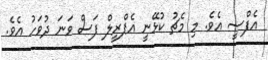
އެފްސީ އެވެ. މި މެޗު ކުޅޭނީ އެޕްރީލް ފަސް ވަނަ ދުވަހު އެވެ.